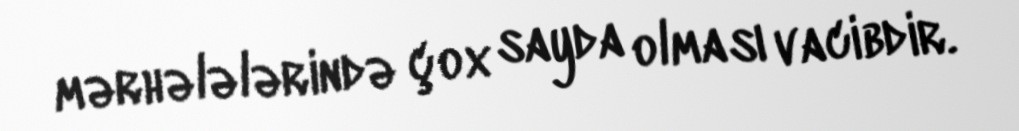
mərhələlərində çox sayda olması vacibdir.